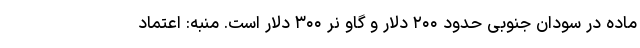
ماده در سودان جنوبی حدود ۲۰۰ دلار و گاو نر ۳۰۰ دلار است. منبه: اعتماد